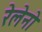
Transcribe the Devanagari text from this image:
रेलेनो